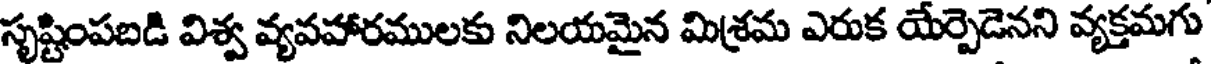
సృష్టింపబడి విశ్వ వ్యవహారములకు నిలయమైన మిశ్రమ ఎరుక యేర్పెడెనని వ్యక్తమగు